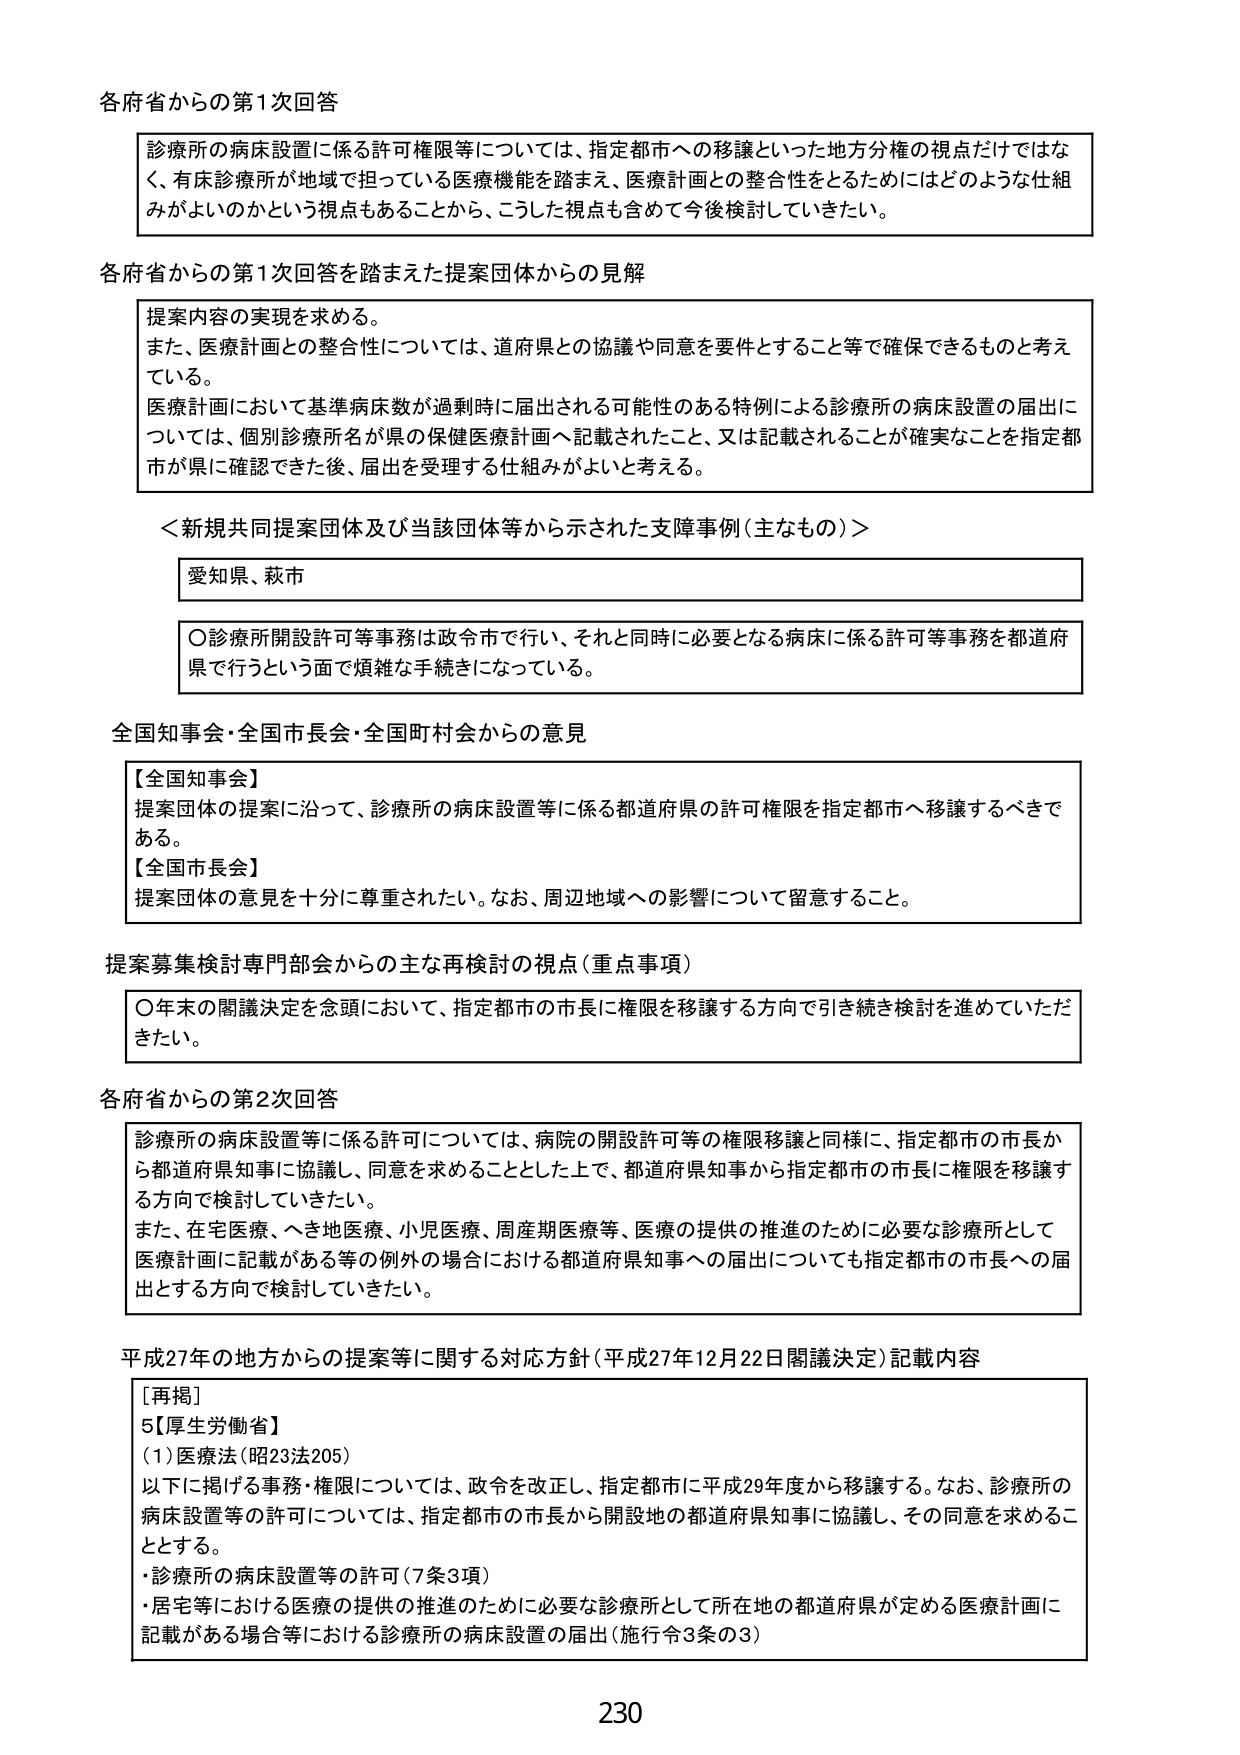
各府省からの第1次回答

診療所の病床設置に係る許可権限等については、指定都市への移譲といった地方分権の視点だけではなく、有床診療所が地域で担っている医療機能を踏まえ、医療計画との整合性をとるためにはどのような仕組みがよいのかという視点もあることから、こうした視点も含めて今後検討していきたい。

各府省からの第1次回答を踏まえた提案団体からの見解

提案内容の実現を求める。
また、医療計画との整合性については、道府県との協議や同意を要件とすること等で確保できるものと考えている。
医療計画において基準病床数が過剰時に届出される可能性のある特例による診療所の病床設置の届出については、個別診療所名が県の保健医療計画へ記載されたこと、又は記載されることが確実なことを指定都市が県に確認できた後、届出を受理する仕組みがよいと考える。

＜新規共同提案団体及び当該団体等から示された支障事例（主なもの）＞

愛知県、萩市

〇診療所開設許可等事務は政令市で行い、それと同時に必要となる病床に係る許可等事務を都道府県で行うという面で煩雑な手続きになっている。

全国知事会・全国市長会・全国町村会からの意見

【全国知事会】
提案団体の提案に沿って、診療所の病床設置等に係る都道府県の許可権限を指定都市へ移譲するべきである。
【全国市長会】
提案団体の意見を十分に尊重されたい。なお、周辺地域への影響について留意すること。

提案募集検討専門部会からの主な再検討の視点（重点事項）

〇年末の閣議決定を念頭において、指定都市の市長に権限を移譲する方向で引き続き検討を進めていただきたい。

各府省からの第2次回答

診療所の病床設置等に係る許可については、病院の開設許可等の権限移譲と同様に、指定都市の市長から都道府県知事に協議し、同意を求めることとした上で、都道府県知事から指定都市の市長に権限を移譲する方向で検討していきたい。
また、在宅医療、へき地医療、小児医療、周産期医療等、医療の提供の推進のために必要な診療所として医療計画に記載がある等の例外の場合における都道府県知事への届出についても指定都市の市長への届出とする方向で検討していきたい。

平成27年の地方からの提案等に関する対応方針（平成27年12月22日閣議決定）記載内容

［再掲］
5【厚生労働省】
（1）医療法（昭23法205）
以下に掲げる事務・権限については、政令を改正し、指定都市に平成29年度から移譲する。なお、診療所の病床設置等の許可については、指定都市の市長から開設地の都道府県知事に協議し、その同意を求めることとする。
・診療所の病床設置等の許可（7条3項）
・居宅等における医療の提供の推進のために必要な診療所として所在地の都道府県が定める医療計画に記載がある場合等における診療所の病床設置の届出（施行令3条の3）

230